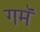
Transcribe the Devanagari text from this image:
गमॅ